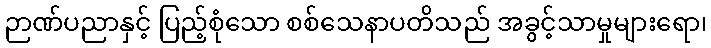
ဉာဏ်ပညာနှင့် ပြည့်စုံသော စစ်သေနာပတိသည် အခွင့်သာမှုများရော၊